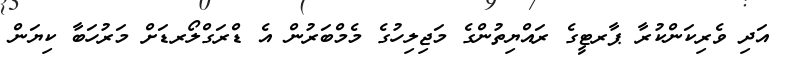
އަދި ވެރިކަންކުރާ ޕާރޓީގެ ރައްޔިތުންގެ މަޖިލިހުގެ މެމްބަރުން އެ ޑްރަގްލޯރޑަށް މަރުހަބާ ކިޔަން